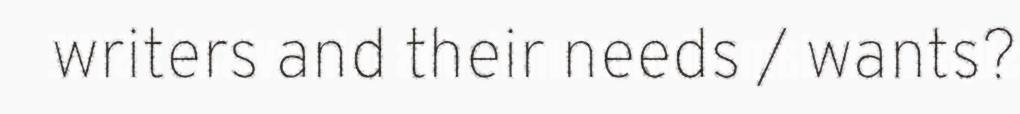
writers and their needs / wants?